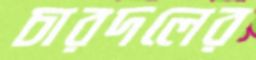
চারদলের